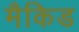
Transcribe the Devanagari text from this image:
मैकिड